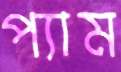
প্যাম